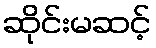
ဆိုင်းမဆင့်